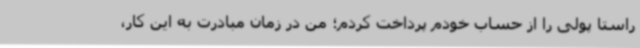
راستا پولی را از حساب خودم پرداخت کردم؛ من در زمان مبادرت به این کار،